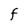
Character: F